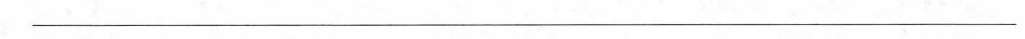
___